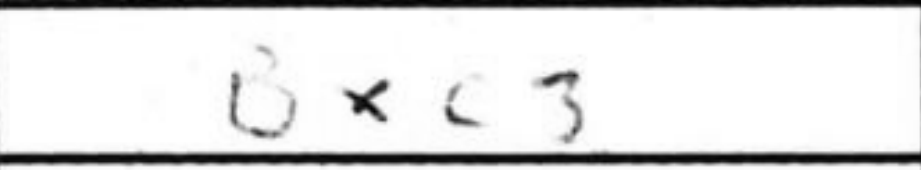
Transcription: Bxc3